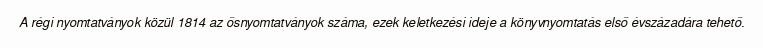
A régi nyomtatványok közül 1814 az ősnyomtatványok száma, ezek keletkezési ideje a könyvnyomtatás első évszázadára tehető.